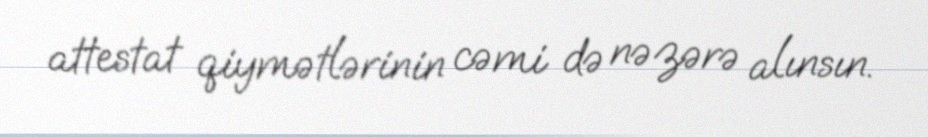
attestat qiymətlərinin cəmi də nəzərə alınsın.